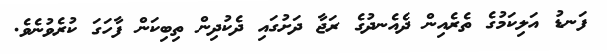
ފަނޑު އަލިކަމުގެ ތެރެއިން ދެއެނދުގެ ރަޖާ ދަށުގައި ދެކުދިން ތިބިކަން ފާހަގަ ކުރެވުނެވެ.